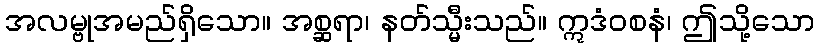
အလမ္ဗုအမည်ရှိသော။ အစ္ဆရာ၊ နတ်သ္မီးသည်။ ဣဒံဝစနံ၊ ဤသို့သော